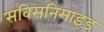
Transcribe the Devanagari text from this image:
सविसनिमाइड